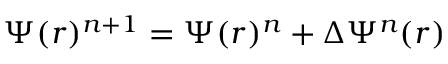
\Psi ( r ) ^ { n + 1 } = \Psi ( r ) ^ { n } + \Delta \Psi ^ { n } ( r )